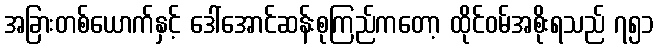
အခြားတစ်ယောက်နှင့် ဒေါ်အောင်ဆန်းစုကြည်ကတော့ ထိုင်ဝမ်အစိုးရသည် ၇၅၁